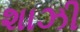
શાઝી